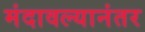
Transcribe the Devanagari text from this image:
मंदावल्यानंतर